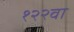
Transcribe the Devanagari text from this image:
१२२वा